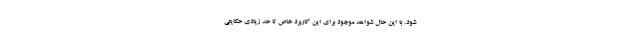
شود. با این حال شواهد موجود برای این کاربرد خاص تا حد زیادی حکایتی